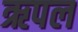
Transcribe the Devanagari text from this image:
ऋपल